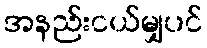
အနည်းငယ်မျှပင်